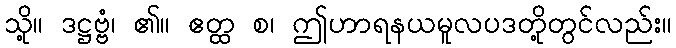
သို့။ ဒဋ္ဌဗ္ဗံ၊ ၏။ ဧတ္ထ စ၊ ဤဟာရနယမူလပဒတို့တွင်လည်း။